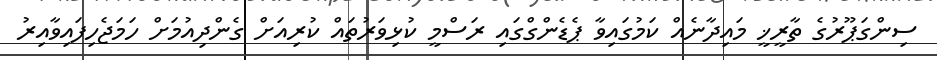
ސިންގަޕޫރުގެ ތާރީޚީ މައިދާނެއް ކަމުގައިވާ ޕެޑެންގްގައި ރަސްމީ ކުޅިވަރުތައް ކުރިއަށް ގެންދިއުމަށް ހަމަޖެހިފައިވާއިރު